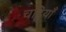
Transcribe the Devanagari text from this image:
चट्ठियाँ